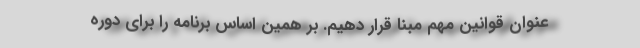
عنوان قوانین مهم مبنا قرار دهیم. بر همین اساس برنامه را برای دوره